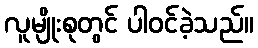
လူမျိုးစုတွင် ပါဝင်ခဲ့သည်။